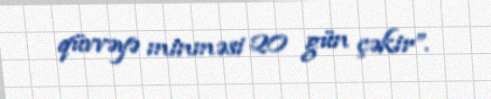
qüvvəyə minməsi 20 gün çəkir”.